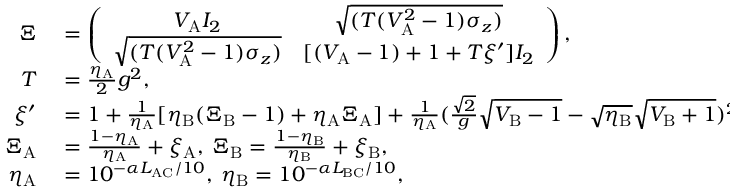
\begin{array} { r l } { \Xi } & { { } = \left( \begin{array} { c c } { { V _ { \mathrm { A } } I _ { 2 } } } & { { \sqrt { ( T ( V _ { \mathrm { A } } ^ { 2 } - 1 ) \sigma _ { z } ) } } } \\ { { \sqrt { ( T ( V _ { \mathrm { A } } ^ { 2 } - 1 ) \sigma _ { z } ) } } } & { { [ ( V _ { \mathrm { A } } - 1 ) + 1 + T \xi ^ { \prime } ] I _ { 2 } } } \end{array} \right) , } \\ { T } & { { } = \frac { \eta _ { \mathrm { A } } } { 2 } g ^ { 2 } , } \\ { \xi ^ { \prime } } & { { } = 1 + \frac { 1 } { \eta _ { \mathrm { A } } } [ \eta _ { \mathrm { B } } ( \Xi _ { \mathrm { B } } - 1 ) + \eta _ { \mathrm { A } } \Xi _ { \mathrm { A } } ] + \frac { 1 } { \eta _ { \mathrm { A } } } ( \frac { \sqrt { 2 } } { g } \sqrt { V _ { \mathrm { B } } - 1 } - \sqrt { \eta _ { \mathrm { B } } } \sqrt { V _ { \mathrm { B } } + 1 } ) ^ { 2 } , } \\ { \Xi _ { \mathrm { A } } } & { { } = \frac { 1 - \eta _ { \mathrm { A } } } { \eta _ { \mathrm { A } } } + \xi _ { \mathrm { A } } , \: \Xi _ { \mathrm { B } } = \frac { 1 - \eta _ { \mathrm { B } } } { \eta _ { \mathrm { B } } } + \xi _ { \mathrm { B } } , } \\ { \eta _ { \mathrm { A } } } & { { } = 1 0 ^ { - \alpha L _ { \mathrm { A C } } / 1 0 } , \: \eta _ { \mathrm { B } } = 1 0 ^ { - \alpha L _ { \mathrm { B C } } / 1 0 } , } \end{array}